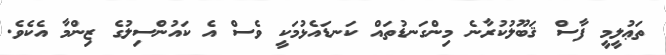
ތަޢުލީމީ ފާސް ޤަބޫލުކުރާނެ މިންގަނޑުތައް ކަނޑައެޅުމަކީ ވެސް އެ ކައުންސިލުގެ ޒިންމާ އެކެވެ.